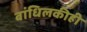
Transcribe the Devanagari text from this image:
बांधिलकीही